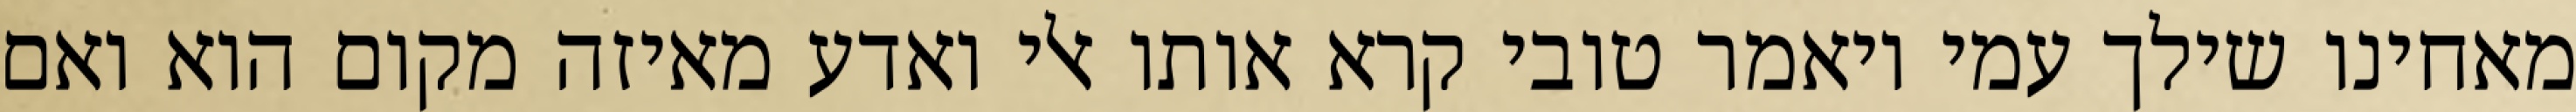
מאחינו שילך עמי ויאמר טובי קרא אותו אלי ואדע מאיזה מקום הוא ואם